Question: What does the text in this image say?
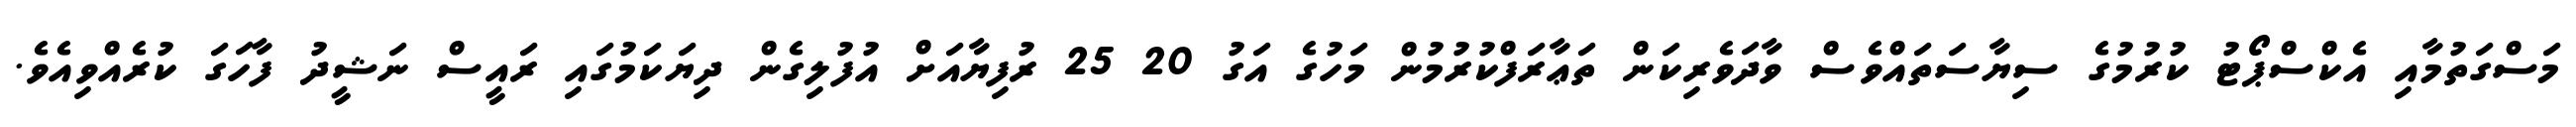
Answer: މަސްގަތުމާއި އެކްސްޕޯޓު ކުރުމުގެ ސިޔާސަތައްވެސް ވާދަވެރިކަން ތަޢާރަފްކުރުމުން މަހުގެ އަގު 20 25 ރުފިޔާއަށް އުފުލިގެން ދިޔަކަމުގައި ރައީސް ނަޝީދު ފާހަގަ ކުރެއްވިއެވެ.